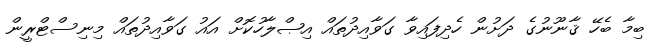
ބިމާ ބެހޭ ޤާނޫނުގެ ދަށުން ހެދިފައިވާ ގަވާއިދުތައް އިޞްލާހުކޮށް އައު ގަވާއިދުތައް މިނިސްޓްރީން